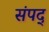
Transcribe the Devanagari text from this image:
संपद्